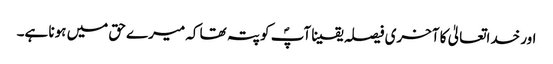
اور خداتعالیٰ کا آخری فیصلہ یقینا آپؐ کو پتہ تھا کہ میرے حق میں ہونا ہے۔